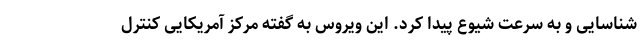
شناسایی و به سرعت شیوع پیدا کرد. این ویروس به گفته مرکز آمریکایی کنترل